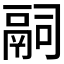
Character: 𬴴